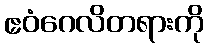
ဧဝံဂေလိတရားကို